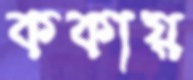
ককায়